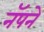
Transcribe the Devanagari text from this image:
नॅपने